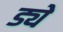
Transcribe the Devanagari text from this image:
ड्ये